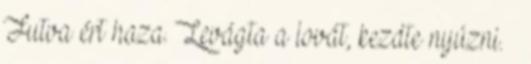
Futva ért haza. Levágta a lovát, kezdte nyúzni. –